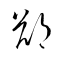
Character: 鄭